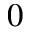
0